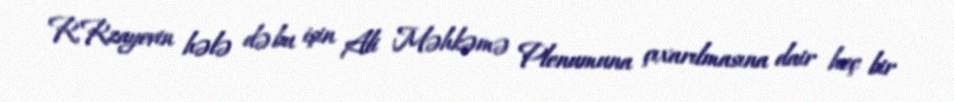
R.Rzayevin hələ də bu işin Ali Məhkəmə Plenumuna çıxarılmasına dair heç bir